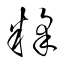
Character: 糅